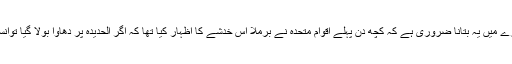
اس سنہری فتح نامی حملے کے بارے میں یہ بتانا ضروری ہے کہ کچھ دن پہلے اقوام متحدہ نے برملا اس خدشے کا اظہار کیا تھا کہ اگر الحدیدہ پر دھاوا بولا گیا توانسانی جانوں کی خوفناک تباہی ہوگی۔